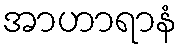
အာဟာရာနံ